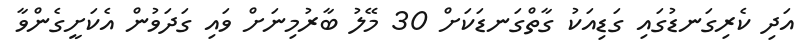
އަދި ކެރިގަނޑުގައި ގަޑިއަކު ގާތްގަނޑަކަށް 30 މޭލު ބާރުމިނަށް ވައި ގަދަވުން އެކަށީގެންވާ